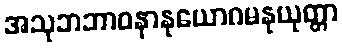
အသုဘဘာဝနာနုယောဂမနုယုတ္တာ